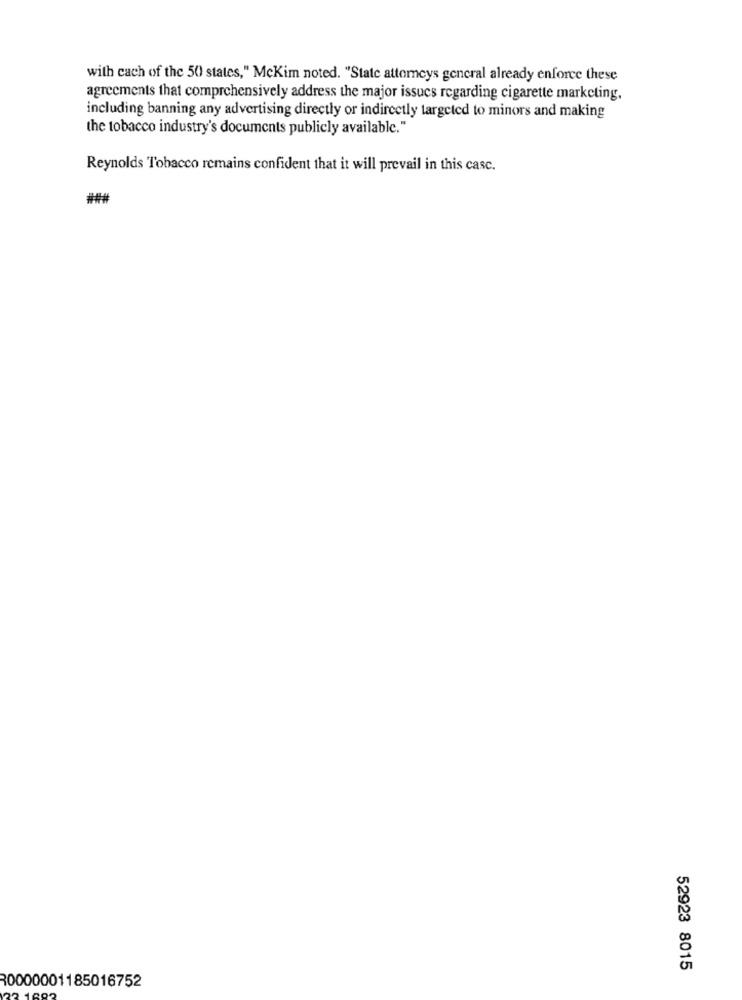
with cach of the 50 states," Mckim noted. "State attorneys general already enforce these
agreements that comprehensively address the major issues regarding cigarette marketing.
including banning any advertising directly or indirectly targeted to minors and making
the tobacco industry's documents publicly available."
Reynolds Tobacco remains confident that it will prevail in this case.
52923 8015
30000001185016752